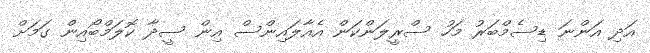
އަދި އަންނަ ޑިސެމްބަރު މަހު ސްރީލަންކަން އެއާލައިންސް އިން ސީދާ ކޮލަމްބޯއިން ގަމަށް